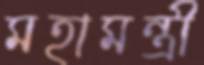
মহামন্ত্রী